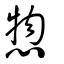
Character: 惣